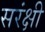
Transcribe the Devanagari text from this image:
सरंक्षी